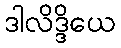
ဒါလိဒ္ဒိယေ